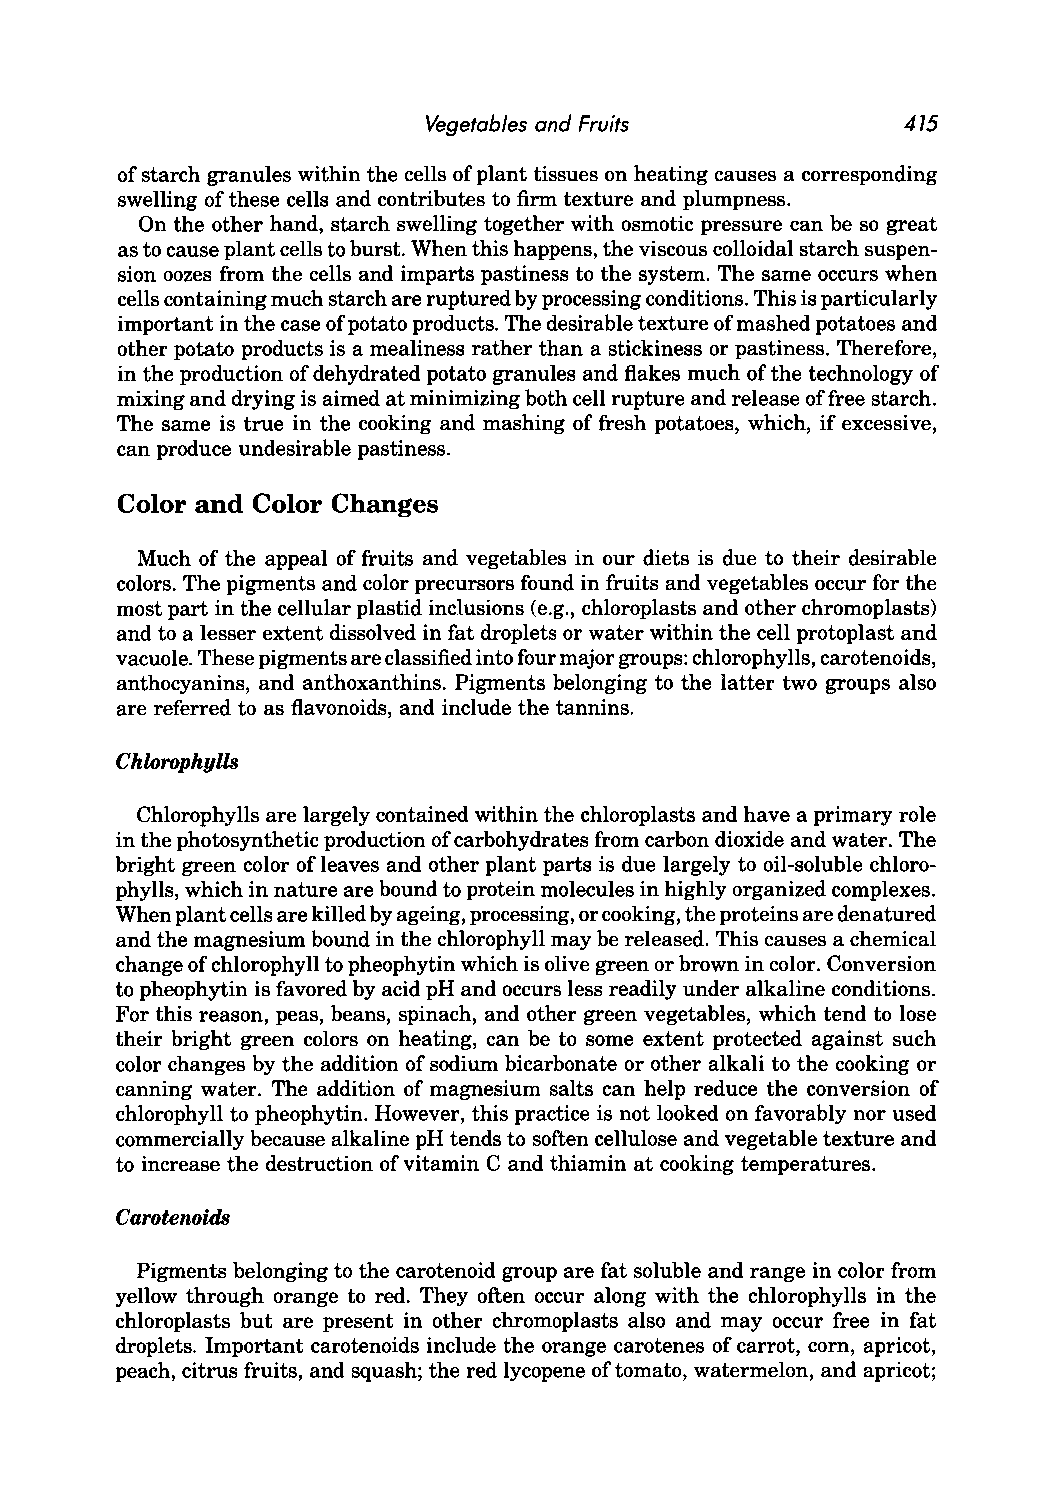
Vegetables and Fruits           475
 of starch granules within the cells of plant tissues on heating causes a corresponding
 swelling of these cells and contributes to firm texture and plumpness.
 On the other hand, starch swelling together with osmotic pressure can be so great
 as to cause plant cells to burst. When this happens, the viscous colloidal starch suspen
 sion oozes from the cells and imparts pastiness to the system. The same occurs when
 cells containing much starch are ruptured by processing conditions. This is particularly
 important in the case of potato products. The desirable texture of mashed potatoes and
 other potato products is a mealiness rather than a stickiness or pastiness. Therefore,
 in the production of dehydrated potato granules and flakes much of the technology of
 mixing and drying is aimed at minimizing both cell rupture and release of free starch.
 The same is true in the cooking and mashing of fresh potatoes, which, if excessive,
 can produce undesirable pastiness.
 Color and Color Changes
 Much of the appeal of fruits and vegetables in our diets is due to their desirable
 colors. The pigments and color precursors found in fruits and vegetables occur for the
 most part in the cellular plastid inclusions (e.g., chloroplasts and other chromoplasts)
 and to a lesser extent dissolved in fat droplets or water within the cell protoplast and
 vacuole. These pigments are classified into four major groups: chlorophylls, carotenoids,
 anthocyanins, and anthoxanthins. Pigments belonging to the latter two groups also
 are referred to as flavonoids, and include the tannins.
 Chlorophylls
 Chlorophylls are largely contained within the chloroplasts and have a primary role
 in the photosynthetic production of carbohydrates from carbon dioxide and water. The
 bright green color of leaves and other plant parts is due largely to oil-soluble chloro
 phylls, which in nature are bound to protein molecules in highly organized complexes.
 When plant cells are killed by ageing, processing, or cooking, the proteins are denatured
 and the magnesium bound in the chlorophyll may be released. This causes a chemical
 change of chlorophyll to pheophytin which is olive green or brown in color. Conversion
 to pheophytin is favored by acid pH and occurs less readily under alkaline conditions.
 For this reason, peas, beans, spinach, and other green vegetables, which tend to lose
 their bright green colors on heating, can be to some extent protected against such
 color changes by the addition of sodium bicarbonate or other alkali to the cooking or
 canning water. The addition of magnesium salts can help reduce the conversion of
 chlorophyll to pheophytin. However, this practice is not looked on favorably nor used
 commercially because alkaline pH tends to soften cellulose and vegetable texture and
 to increase the destruction of vitamin C and thiamin at cooking temperatures.
 Carotenoids
 Pigments belonging to the carotenoid group are fat soluble and range in color from
 yellow through orange to red. They often occur along with the chlorophylls in the
 chloroplasts but are present in other chromoplasts also and may occur free in fat
 droplets. Important carotenoids include the orange carotenes of carrot, com, apricot,
 peach, citrus fruits, and squash; the red lycopene of tomato, watermelon, and apricot;